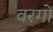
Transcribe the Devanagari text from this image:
वरगों